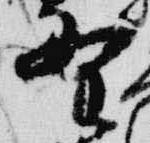
野